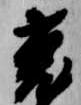
兎